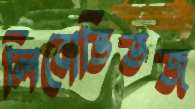
লিবোভিতজ